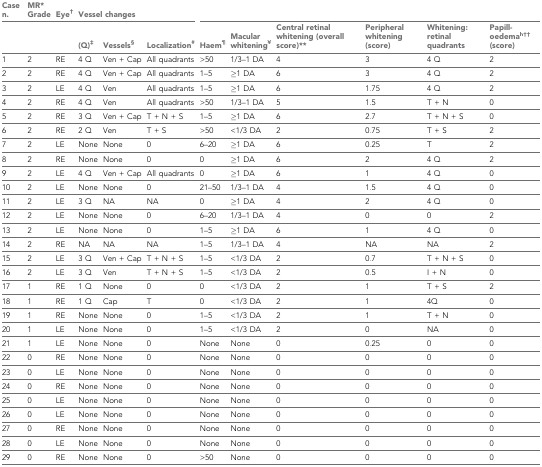
<table><thead><tr><td><b>Case n.</b></td><td><b>MR* Grade</b></td><td><b>Eye<sup>†</sup></b></td><td colspan="3"><b>Vessel changes</b></td><td></td><td></td><td></td><td></td><td></td><td></td></tr><tr><td></td><td></td><td></td><td><b>(Q)<sup>‡</sup></b></td><td><b>Vessels<sup>§</sup></b></td><td><b>Localization<sup>#</sup></b></td><td><b>Haem<sup>¶</sup></b></td><td><b>Macular whitening<sup>¥</sup></b></td><td><b>Central retinal whitening (overall score)**</b></td><td><b>Peripheral whitening (score)</b></td><td><b>Whitening: retinal quadrants</b></td><td><b>Papill- oedema<sup>h††</sup> (score)</b></td></tr></thead><tbody><tr><td>1</td><td>2</td><td>RE</td><td>4 Q</td><td>Ven + Cap</td><td>All quadrants</td><td>&gt;50</td><td>1/3–1 DA</td><td>4</td><td>3</td><td>4 Q</td><td>2</td></tr><tr><td>2</td><td>2</td><td>RE</td><td>4 Q</td><td>Ven + Cap</td><td>All quadrants</td><td>1–5</td><td>≥1 DA</td><td>6</td><td>3</td><td>4 Q</td><td>2</td></tr><tr><td>3</td><td>2</td><td>LE</td><td>4 Q</td><td>Ven</td><td>All quadrants</td><td>1–5</td><td>≥1 DA</td><td>6</td><td>1.75</td><td>4 Q</td><td>2</td></tr><tr><td>4</td><td>2</td><td>RE</td><td>4 Q</td><td>Ven</td><td>All quadrants</td><td>&gt;50</td><td>1/3–1 DA</td><td>5</td><td>1.5</td><td>T + N</td><td>0</td></tr><tr><td>5</td><td>2</td><td>RE</td><td>3 Q</td><td>Ven + Cap</td><td>T + N + S</td><td>1–5</td><td>≥1 DA</td><td>6</td><td>2.7</td><td>T + N + S</td><td>0</td></tr><tr><td>6</td><td>2</td><td>RE</td><td>2 Q</td><td>Ven</td><td>T + S</td><td>&gt;50</td><td>&lt;1/3 DA</td><td>2</td><td>0.75</td><td>T + S</td><td>2</td></tr><tr><td>7</td><td>2</td><td>LE</td><td>None</td><td>None</td><td>0</td><td>6–20</td><td>≥1 DA</td><td>6</td><td>0.25</td><td>T</td><td>2</td></tr><tr><td>8</td><td>2</td><td>RE</td><td>None</td><td>None</td><td>0</td><td>0</td><td>≥1 DA</td><td>6</td><td>2</td><td>4 Q</td><td>2</td></tr><tr><td>9</td><td>2</td><td>LE</td><td>4 Q</td><td>Ven + Cap</td><td>All quadrants</td><td>0</td><td>≥1 DA</td><td>6</td><td>1</td><td>4 Q</td><td>0</td></tr><tr><td>10</td><td>2</td><td>LE</td><td>None</td><td>None</td><td>0</td><td>21–50</td><td>1/3–1 DA</td><td>4</td><td>1.5</td><td>4 Q</td><td>0</td></tr><tr><td>11</td><td>2</td><td>LE</td><td>3 Q</td><td>NA</td><td>NA</td><td>0</td><td>≥1 DA</td><td>4</td><td>2</td><td>4 Q</td><td>0</td></tr><tr><td>12</td><td>2</td><td>LE</td><td>None</td><td>None</td><td>0</td><td>6–20</td><td>1/3–1 DA</td><td>4</td><td>0</td><td>0</td><td>2</td></tr><tr><td>13</td><td>2</td><td>LE</td><td>None</td><td>None</td><td>0</td><td>1–5</td><td>≥1 DA</td><td>6</td><td>1</td><td>4 Q</td><td>0</td></tr><tr><td>14</td><td>2</td><td>RE</td><td>NA</td><td>NA</td><td>NA</td><td>1–5</td><td>1/3–1 DA</td><td>4</td><td>NA</td><td>NA</td><td>2</td></tr><tr><td>15</td><td>2</td><td>LE</td><td>3 Q</td><td>Ven + Cap</td><td>T + N + S</td><td>1–5</td><td>&lt;1/3 DA</td><td>2</td><td>0.7</td><td>T + N + S</td><td>0</td></tr><tr><td>16</td><td>2</td><td>LE</td><td>3 Q</td><td>Ven</td><td>T + N + S</td><td>1–5</td><td>&lt;1/3 DA</td><td>2</td><td>0.5</td><td>I + N</td><td>0</td></tr><tr><td>17</td><td>1</td><td>RE</td><td>1 Q</td><td>None</td><td>0</td><td>0</td><td>&lt;1/3 DA</td><td>2</td><td>1</td><td>T + S</td><td>2</td></tr><tr><td>18</td><td>1</td><td>RE</td><td>1 Q</td><td>Cap</td><td>T</td><td>0</td><td>&lt;1/3 DA</td><td>2</td><td>1</td><td>4Q</td><td>0</td></tr><tr><td>19</td><td>1</td><td>RE</td><td>None</td><td>None</td><td>0</td><td>1–5</td><td>&lt;1/3 DA</td><td>2</td><td>1</td><td>T + N</td><td>0</td></tr><tr><td>20</td><td>1</td><td>LE</td><td>None</td><td>None</td><td>0</td><td>1–5</td><td>&lt;1/3 DA</td><td>2</td><td>0</td><td>NA</td><td>0</td></tr><tr><td>21</td><td>1</td><td>LE</td><td>None</td><td>None</td><td>0</td><td>None</td><td>None</td><td>0</td><td>0.25</td><td>0</td><td>0</td></tr><tr><td>22</td><td>0</td><td>RE</td><td>None</td><td>None</td><td>0</td><td>None</td><td>None</td><td>0</td><td>0</td><td>0</td><td>0</td></tr><tr><td>23</td><td>0</td><td>LE</td><td>None</td><td>None</td><td>0</td><td>None</td><td>None</td><td>0</td><td>0</td><td>0</td><td>0</td></tr><tr><td>24</td><td>0</td><td>RE</td><td>None</td><td>None</td><td>0</td><td>None</td><td>None</td><td>0</td><td>0</td><td>0</td><td>0</td></tr><tr><td>25</td><td>0</td><td>LE</td><td>None</td><td>None</td><td>0</td><td>None</td><td>None</td><td>0</td><td>0</td><td>0</td><td>0</td></tr><tr><td>26</td><td>0</td><td>LE</td><td>None</td><td>None</td><td>0</td><td>None</td><td>None</td><td>0</td><td>0</td><td>0</td><td>0</td></tr><tr><td>27</td><td>0</td><td>RE</td><td>None</td><td>None</td><td>0</td><td>None</td><td>None</td><td>0</td><td>0</td><td>0</td><td>0</td></tr><tr><td>28</td><td>0</td><td>LE</td><td>None</td><td>None</td><td>0</td><td>None</td><td>None</td><td>0</td><td>0</td><td>0</td><td>0</td></tr><tr><td>29</td><td>0</td><td>RE</td><td>None</td><td>None</td><td>0</td><td>&gt;50</td><td>None</td><td>0</td><td>0</td><td>0</td><td>0</td></tr></tbody></table>